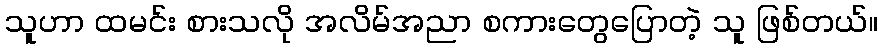
သူဟာ ထမင်း စားသလို အလိမ်အညာ စကားတွေပြောတဲ့ သူ ဖြစ်တယ်။